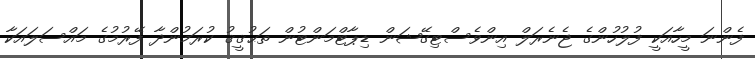
ފެންނަ މީހާއަކީ ފުލުހުންގެ ޖެނެރަލް އިންވެސްޓިގޭޝަން ޑިޕާޓްމަންޓުން ތަޙުޤީޤު ކުރަމުންދާ ފޭރުމުގެ މައްސަލައަކާ